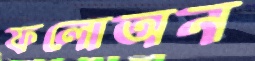
ফলোঅন